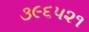
૩૯૬૫૨૧